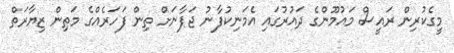
މީގެކުރިން ރައީސް މައުމޫންގެ ދައުރުގައި އެމަނިކުފާނު ޖަޕާނަށް ތިން ފަހަރެއްގެ މަތިން ޒިޔާރަތް